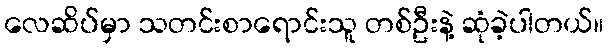
လေဆိပ်မှာ သတင်းစာရောင်းသူ တစ်ဦးနဲ့ ဆုံခဲ့ပါတယ်။